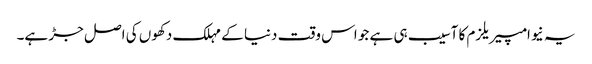
یہ نیوامپیریلزم کا آسیب ہی ہے جو اس وقت دنیا کے مہلک دکھوں کی اصل جڑ ہے۔